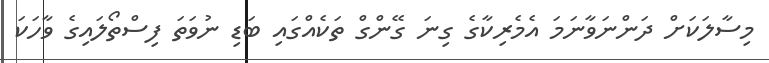
މިސާލަކަށް ދަންނަވާނަމަ އެމެރިކާގެ ގިނަ ގޭންގް ތަކެއްގައި ބަޑި ނުވަތަ ފިސްތޯލައިގެ ވާހަކަ